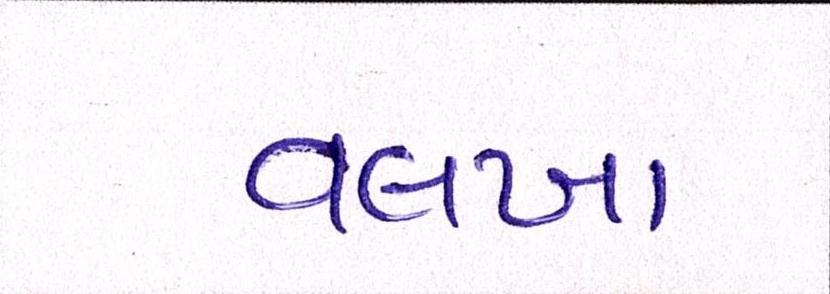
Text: વલખા